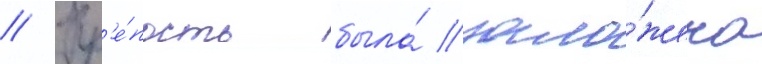
// Кр'е́пость была́ зало́жена